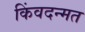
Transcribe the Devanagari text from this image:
किंवदन्मत